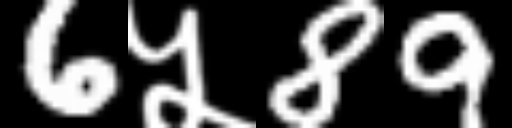
Text: 6५89